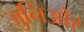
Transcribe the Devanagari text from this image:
जुनिओर